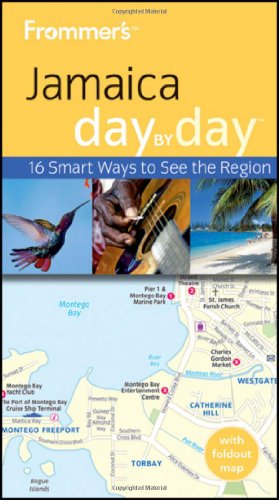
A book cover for Frommer's Jamaica Day by Day (Frommer's Day by Day - Pocket); Jo Cooke; Travel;